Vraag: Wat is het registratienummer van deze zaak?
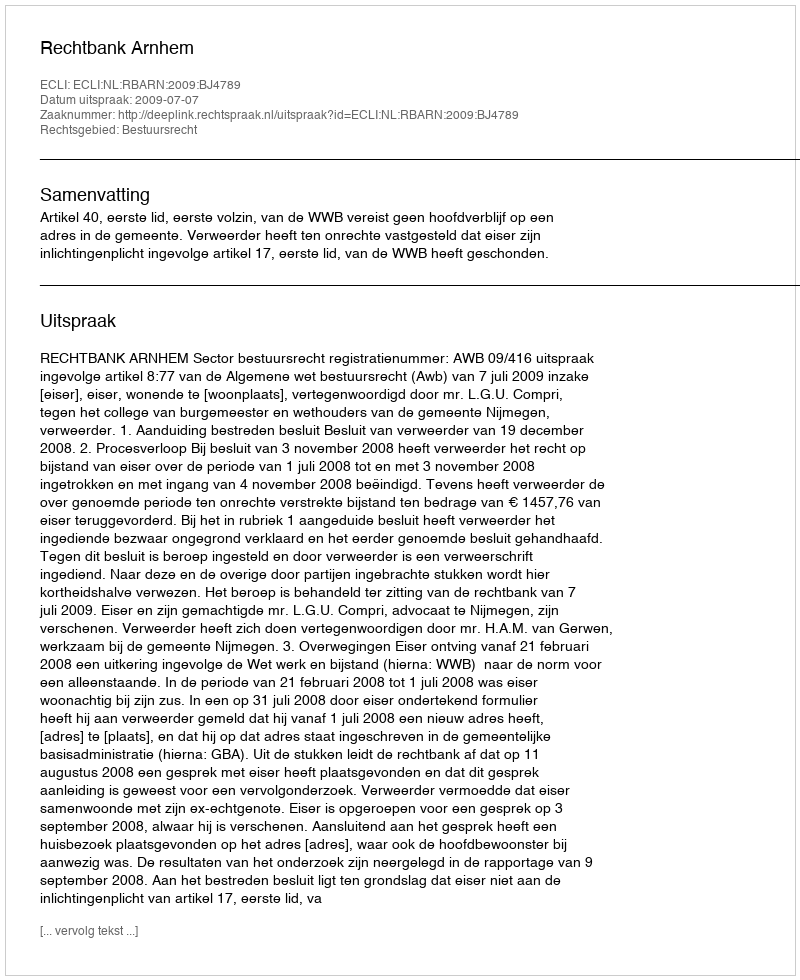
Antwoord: http://deeplink.rechtspraak.nl/uitspraak?id=ECLI:NL:RBARN:2009:BJ4789